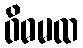
ဝိဓမထ